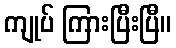
ကျုပ် ကြားပြီးပြီ။